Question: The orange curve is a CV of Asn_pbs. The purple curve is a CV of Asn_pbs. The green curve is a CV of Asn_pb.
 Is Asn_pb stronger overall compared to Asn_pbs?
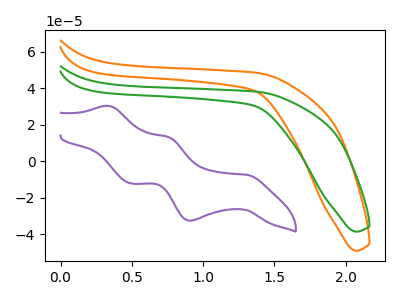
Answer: <think>The orange curve "Asn_pbs" has no peaks. The purple curve "Asn_pbs" has anodic peaks at (0.35V, 30.35uA) (0.75V, 13.30uA) and cathodic peaks at (1.30V, -7.40uA) (0.90V, -32.50uA) (0.50V, -12.10uA). The green curve "Asn_pb" has no peaks.
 Neither "Asn_pb" or "Asn_pbs" have any peaks.</think>
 <answer>I cant tell if "Asn_pb" or "Asn_pbs" has more signal.</answer>
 <eval>mixed_signal</eval>